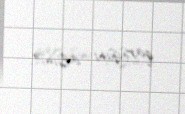
qarşısını alsın?.